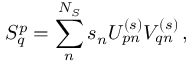
S _ { q } ^ { p } = \sum _ { n } ^ { N _ { S } } s _ { n } U _ { p n } ^ { ( s ) } V _ { q n } ^ { ( s ) } \, ,